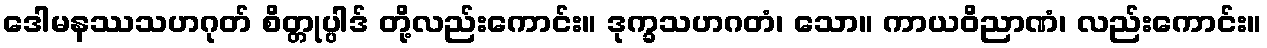
ဒေါမနဿသဟဂုတ် စိတ္တုပ္ပါဒ် တို့လည်းကောင်း။ ဒုက္ခသဟဂတံ၊ သော။ ကာယဝိညာဏံ၊ လည်းကောင်း။